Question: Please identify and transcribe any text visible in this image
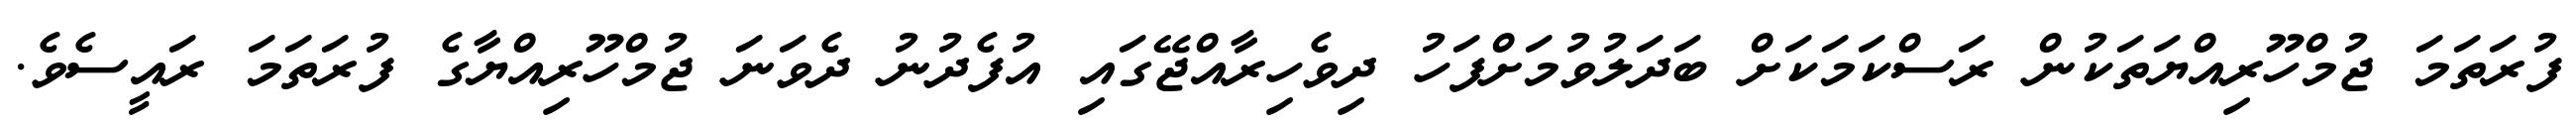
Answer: ފުރަތަމަ ޖުމްހޫރިއްޔަތަކުން ރަސްކަމަކަށް ބަދަލުވުމަށްފަހު ދިވެހިރާއްޖޭގައި އުފެދުނު ދެވަނަ ޖުމްހޫރިއްޔާގެ ފުރަތަމަ ރައީސެވެ.